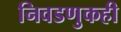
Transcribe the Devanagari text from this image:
निवडणुकही